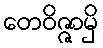
တေဝိဇ္ဇာမှိ